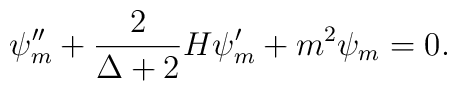
\psi''_{m} +\frac{2}{\Delta+2} H \psi'_{m} + m^{2} \psi_{m} = 0.